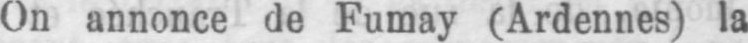
On annonce de Fumay (Ardennes) la